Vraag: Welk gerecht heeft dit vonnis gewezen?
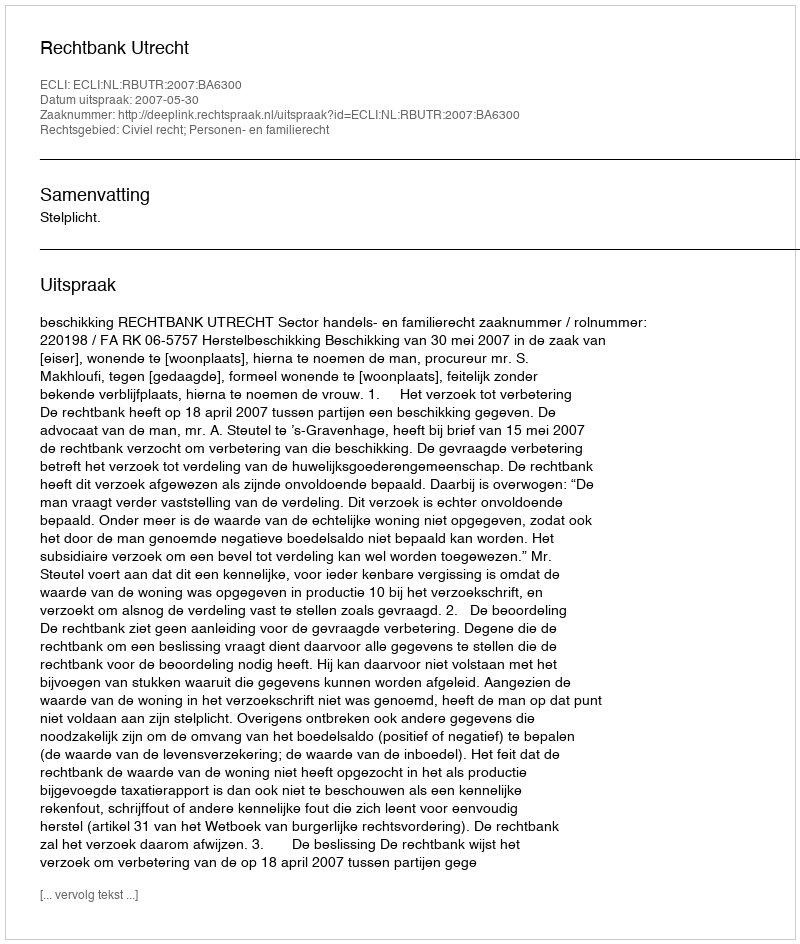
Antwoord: Rechtbank Utrecht